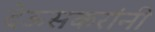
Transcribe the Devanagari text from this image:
देऊसकरांनी